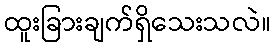
ထူးခြားချက်ရှိသေးသလဲ။